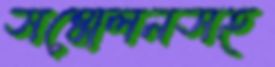
সম্মেলনসহ